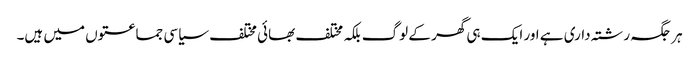
ہر جگہ رشتہ داری ہے اور ایک ہی گھر کے لوگ بلکہ مختلف بھائی مختلف سیاسی جماعتوں میں ہیں۔